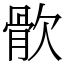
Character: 䯉